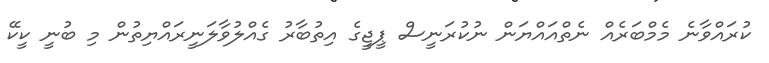
ކުރައްވާނެ މެމްބަރެއް ނެތްއައްޔަން ނުކުރަނީސް ޕީޖީގެ އިތުބާރު ގެއްލުވާލަނީރައްޔިތުން މި ބުނީ ކީކޭ